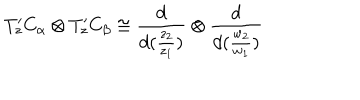
T _ { z } ^ { \prime } C _ { \alpha } \otimes T _ { z } ^ { \prime } C _ { \beta } \cong \frac { d } { d ( \frac { z _ { 2 } } { z _ { 1 } } ) } \otimes \frac { d } { d ( \frac { w _ { 2 } } { w _ { 1 } } ) }